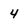
Character: 4